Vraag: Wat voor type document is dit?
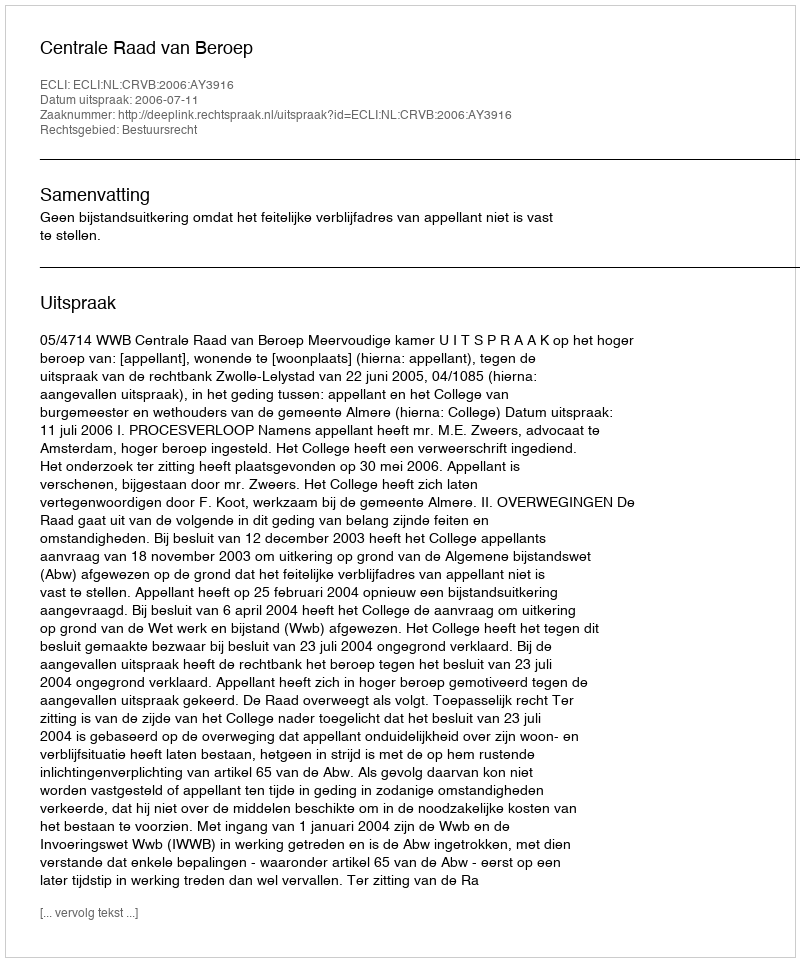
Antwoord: Uitspraak